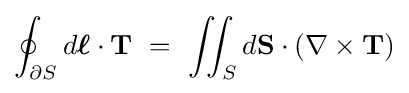
\oint _{\partial S}d{\boldsymbol {\ell }}\cdot \mathbf {T} \ =\ \iint _{S}d\mathbf {S} \cdot \left(\nabla \times \mathbf {T} \right)